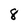
Character: 8